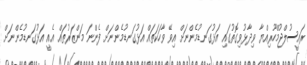
ރައީސުލްޖުމްހޫރިއްޔާ ވިދާޅުވިގޮތުގައި އަޅުގަނޑުމެންނަށް އިވޭ ވާހަކަތައް އަޅުގަނޑުމެންނަށް ފެންނަ މަންޒަރުތައް އެއީ އަޅުގަނޑުމެންނަށް